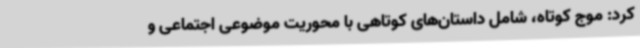
کرد: موج کوتاه، شامل داستان‌های کوتاهی با محوریت موضوعی اجتماعی و